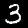
Digit: 3